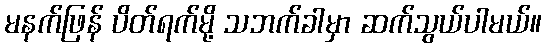
မနက်ဖြန် ပိတ်ရက်မို့ သဘက်ခါမှာ ဆက်သွယ်ပါမယ်။